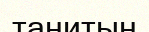
танитын